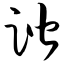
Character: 谐